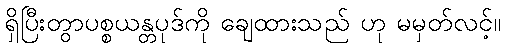
ရှိပြီးတွာပစ္စယန္တပုဒ်ကို ချေထားသည် ဟု မမှတ်လင့်။